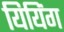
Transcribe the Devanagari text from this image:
यियिंग